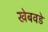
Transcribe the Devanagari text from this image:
खेबवडे